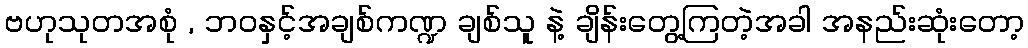
ဗဟုသုတအစုံ , ဘဝနှင့်အချစ်ကဏ္ဍ ချစ်သူ နဲ့ ချိန်းတွေ့ကြတဲ့အခါ အနည်းဆုံးတော့